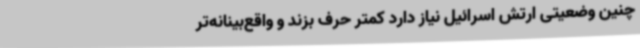
چنین وضعیتی ارتش اسرائیل نیاز دارد کمتر حرف بزند و واقع‌بینانه‌تر